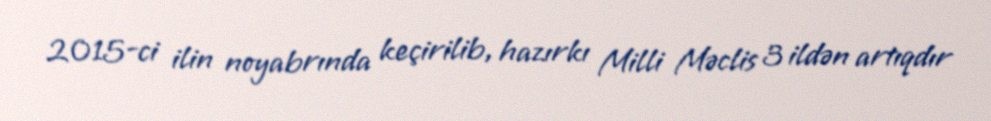
2015-ci ilin noyabrında keçirilib, hazırkı Milli Məclis 3 ildən artıqdır